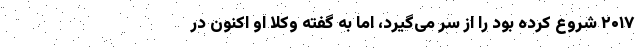
۲۰۱۷ شروع کرده بود را از سر می‌گیرد، اما به گفته وکلا او اکنون در